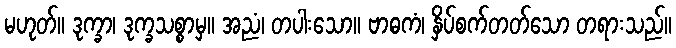
မဟုတ်။ ဒုက္ခာ၊ ဒုက္ခသစ္စာမှ။ အညံ၊ တပါးသော။ ဗာဓကံ၊ နှိပ်စက်တတ်သော တရားသည်။